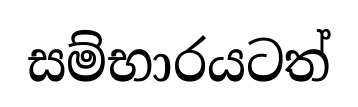
සම්භාරයටත්